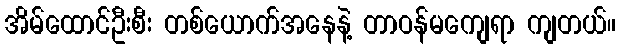
အိမ်ထောင်ဦးစီး တစ်ယောက်အနေနဲ့ တာဝန်မကျေရာ ကျတယ်။